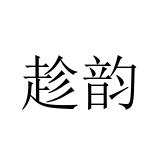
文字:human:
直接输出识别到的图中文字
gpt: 趁韵